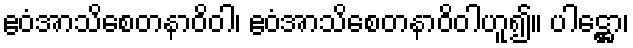
ဧဝံအာသိစေတနာဝိဝါ၊ ဧဝံအာသိစေတနာဝိဝါဟူ၍။ ပါဋ္ဌော၊